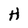
Character: H